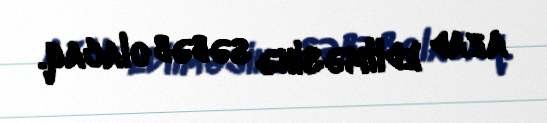
azad edilməsinə səbəb olacaq.